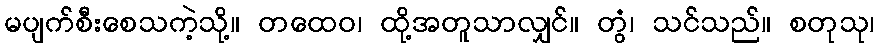
မပျက်စီးစေသကဲ့သို့။ တထေဝ၊ ထို့အတူသာလျှင်။ တွံ၊ သင်သည်။ စတုသု၊